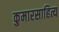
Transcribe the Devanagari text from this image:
कुमारसाहित्य